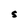
Character: S